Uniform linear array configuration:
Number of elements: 4
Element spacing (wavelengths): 0.75
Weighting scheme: binomial
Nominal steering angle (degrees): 30
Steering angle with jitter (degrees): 31.124
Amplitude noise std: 0.05
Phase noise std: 0.05

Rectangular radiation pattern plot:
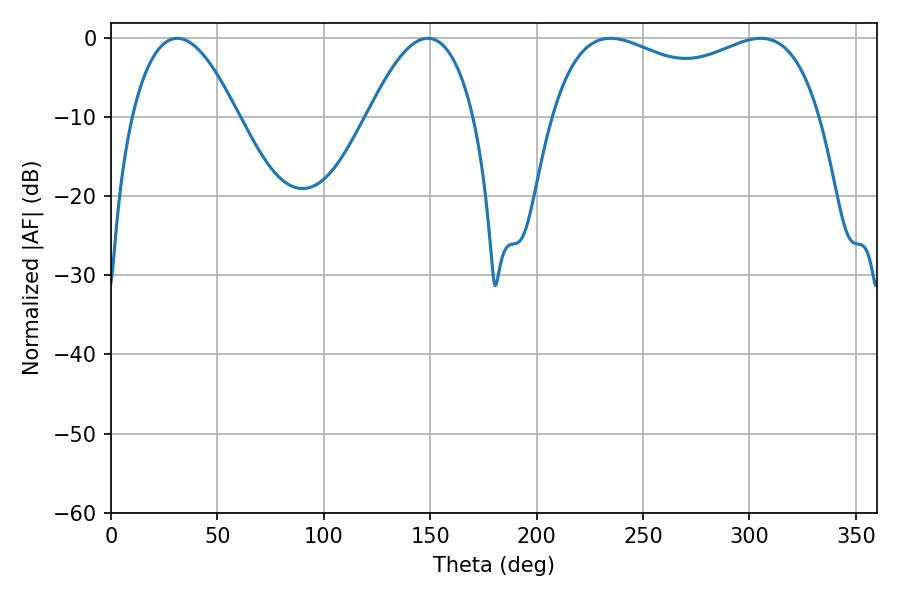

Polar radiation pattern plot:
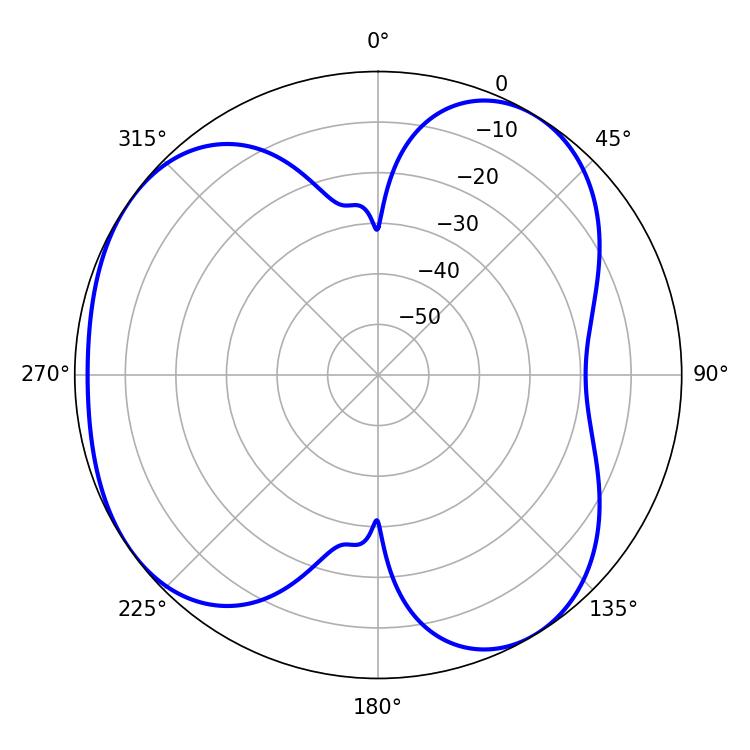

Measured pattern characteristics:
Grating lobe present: TRUE
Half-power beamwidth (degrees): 27.36
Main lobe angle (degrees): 31.14